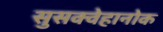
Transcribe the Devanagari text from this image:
सुसक्वेहानोक